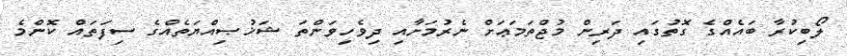
ލޯބިކުރާ ބައެއްގެ ގޮތުގައި ދަރިން މުޖްތަމަޢަށް ނެރުމަށާއި ދިވެހިވަންތަ ޝަޚުޞިއްޔަތެއްގެ ސިފަތައް ކޮންމެ